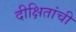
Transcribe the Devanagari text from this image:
दीक्षितांची